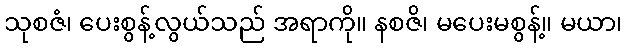
သုစဇံ၊ ပေးစွန့်လွယ်သည် အရာကို။ နစဇိ၊ မပေးမစွန့်။ မယာ၊